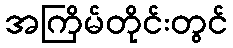
အကြိမ်တိုင်းတွင်